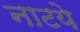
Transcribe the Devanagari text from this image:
नाटये